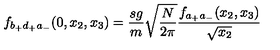
f _ { b _ { + } d _ { + } a _ { - } } ( 0 , x _ { 2 } , x _ { 3 } ) = \frac { s g } { m } \sqrt { \frac { N } { 2 \pi } } \frac { f _ { a _ { + } a _ { - } } ( x _ { 2 } , x _ { 3 } ) } { \sqrt { x _ { 2 } } }